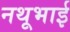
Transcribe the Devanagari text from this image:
नथूभाई